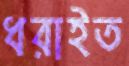
ধরাইত